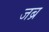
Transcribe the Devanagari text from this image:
जब्र